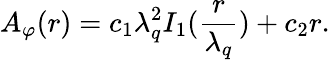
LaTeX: A_{\varphi}(r)=c_{1}\lambda_{q}^{2}I_{1}(\frac r{\lambda_{q}})+c_{2}r.